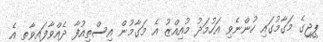
ޕީޖީގެ މަގާމުގައި ހުންނެވި އަހުމަދު މުއިއްޒު އެ މަގާމުން އިސްތިއުފާ ދެއްވާފައިވާތީ އެ